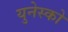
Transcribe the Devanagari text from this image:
युनेस्‍को